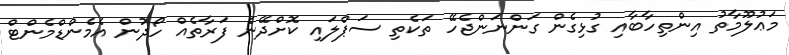
މަޢުލޫމާތު އިންތިހާބާއި ގުޅިގެން ގަންނަންޖެހޭ ތަކެތި ސަޕްލައި ކޮށްދޭނެ ފަރާތެއް ހޯދުން އެމެންޑްމެންޓް